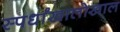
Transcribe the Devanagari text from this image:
स्पर्धांखालोखाल